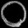
Digit: ၀